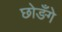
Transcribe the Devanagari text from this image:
छोङँगे